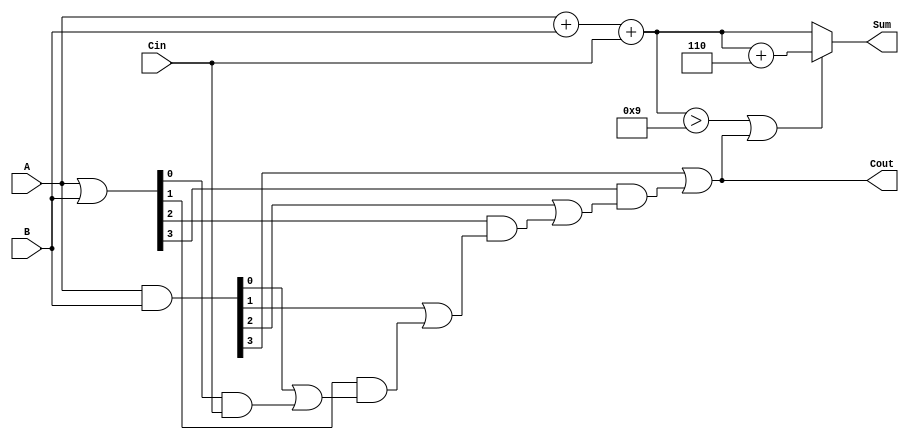
module BCD_Carry_Lookahead_Adder (
    input  wire [3:0] A,      // BCD digit A
    input  wire [3:0] B,      // BCD digit B
    input  wire Cin,          // Carry input
    output reg  [3:0] Sum,    // BCD sum output
    output reg  Cout          // Carry output
);

    wire [3:0] S;            // Intermediate sum
    wire [3:0] G;            // Generate signals
    wire [3:0] P;            // Propagate signals
    wire C1, C2, C3;         // Carry signals

    // Step 1: Calculate initial binary sum
    assign S = A + B + Cin;

    // Step 2: Generate and Propagate Logic
    assign G = A & B;        // Generate
    assign P = A | B;        // Propagate

    // Carry lookahead logic
    assign C1 = G[0] | (P[0] & Cin);
    assign C2 = G[1] | (P[1] & C1);
    assign C3 = G[2] | (P[2] & C2);
    assign Cout = G[3] | (P[3] & C3);

    // Step 3: BCD Correction Logic
    always @(*) begin
        if (S > 4'd9 || Cout) begin
            Sum = S + 4'd6;  // Add 6 for BCD correction
        end else begin
            Sum = S;         // No correction needed
        end
    end

endmodule